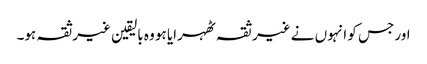
اور جس کو انہوں نے غیر ثقہ ٹھہرایا ہو وہ بالیقین غیرثقہ ہو۔